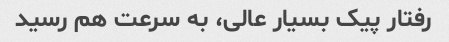
رفتار پیک بسیار عالی، به سرعت هم رسید